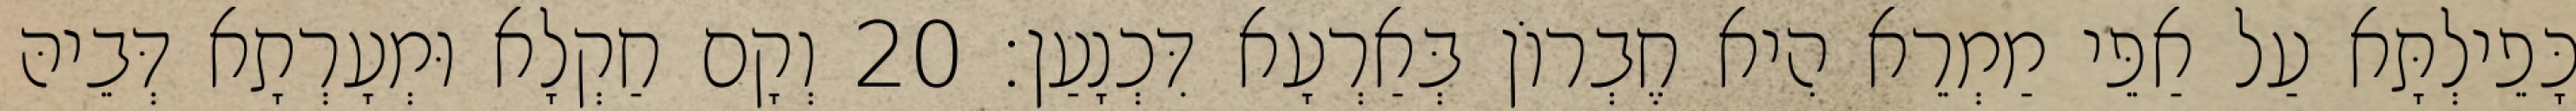
כָּפֵילְתָּא עַל אַפֵּי מַמְרֵא הִיא חֶבְרוֹן בְּאַרְעָא דִּכְנָעַן׃ 20 וְקָם חַקְלָא וּמְעָרְתָא דְּבֵיהּ